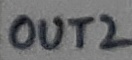
Text: OUT2